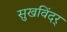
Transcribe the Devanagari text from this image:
सुखविंदर्